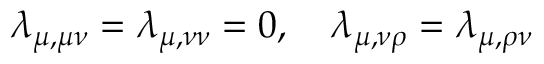
\lambda _ { \mu , \mu \nu } = \lambda _ { \mu , \nu \nu } = 0 , \quad \lambda _ { \mu , \nu \rho } = \lambda _ { \mu , \rho \nu }